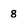
Character: 8